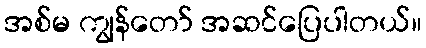
အစ်မ ကျွန်တော် အဆင်ပြေပါတယ်။